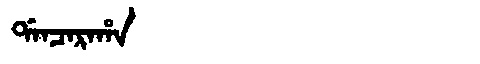
Manchu: ᡩᠠᠨᠴᠠᡵᠠᡥᠠ
Romanization: DANCARAHA